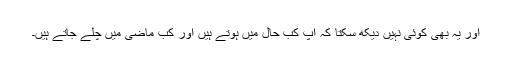
اور یہ بھی کوئی نہیں دیکھ سکتا کہ آپ کب حال میں ہوتے ہیں اور کب ماضی میں چلے جاتے ہیں۔